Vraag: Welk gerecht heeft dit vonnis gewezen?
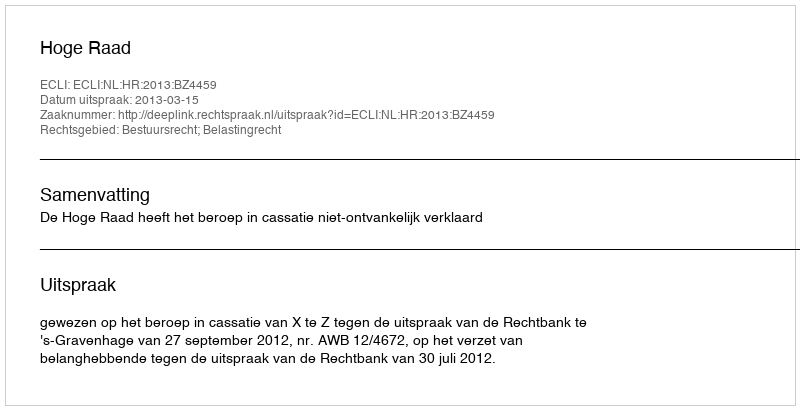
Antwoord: Hoge Raad